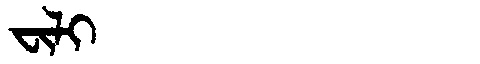
Manchu: ᠸᡳᠯᡳ
Romanization: FILI